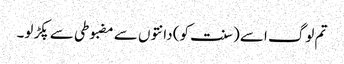
تم لوگ اسے (سنت کو) دانتوں سے مضبوطی سے پکڑ لو۔